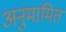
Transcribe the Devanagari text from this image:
अनुमामित